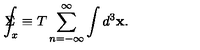
\Sigma \! \! \! \! \! \! \int _ { x } \equiv T \sum _ { n = - \infty } ^ { \infty } \int d ^ { 3 } \mathbf { x . }